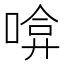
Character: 啽